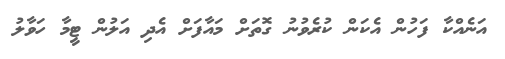
އަނެއްކާ ފަހުން އެކަން ކުރެވުނު ގޮތަށް މައާފަށް އެދި އަލުން ޓީމާ ހަވާލު